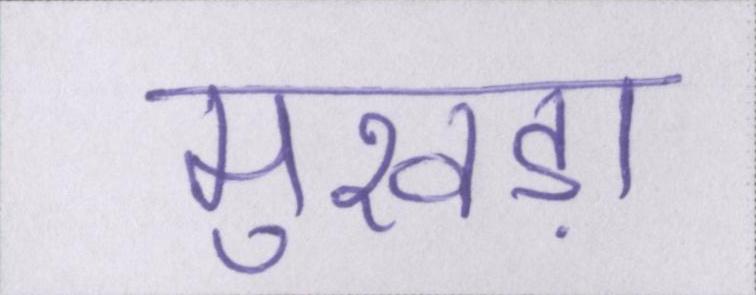
मुखड़ा